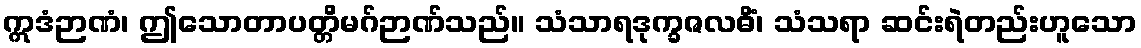
ဣဒံဉာဏံ၊ ဤသောတာပတ္တိမဂ်ဉာဏ်သည်။ သံသာရဒုက္ခဇလဓိံ၊ သံသရာ ဆင်းရဲတည်းဟူသော